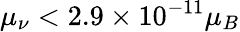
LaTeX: \mu_{\nu}<2.9\times 10^{-11}\mu_{B}